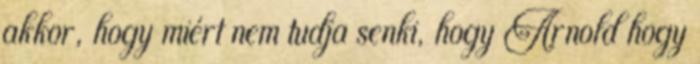
akkor, hogy miért nem tudja senki, hogy Arnold hogy